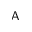
\mathsf { A }